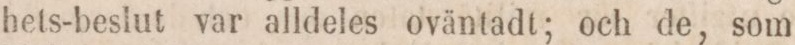
hets-beslut var alldeles oväntadt; och de, som